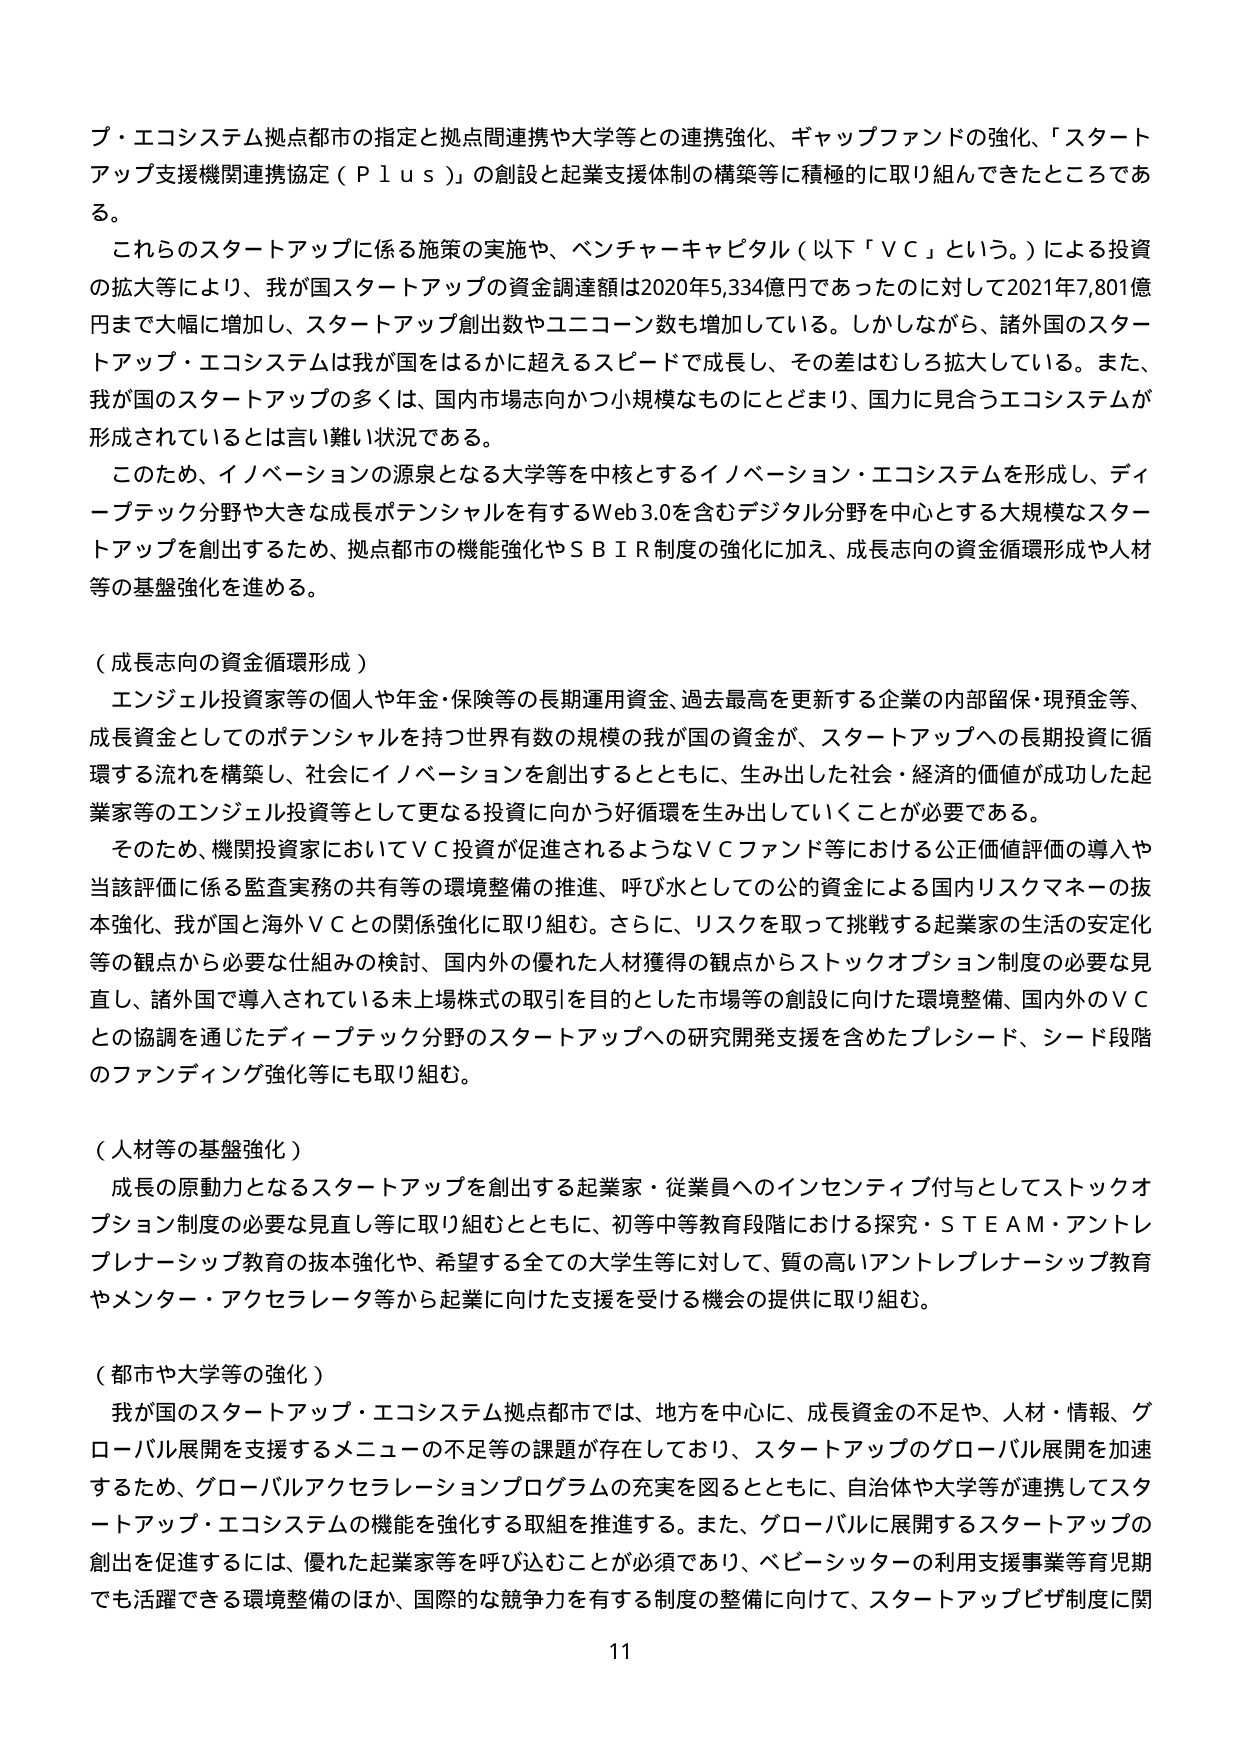
プ・エコシステム拠点都市の指定と拠点間連携や大学等との連携強化、ギャップファンドの強化、「スタートアップ支援機関連携協定（Ｐｌｕｓ）」の創設と起業支援体制の構築等に積極的に取り組んできたところである。

これらのスタートアップに係る施策の実施や、ベンチャーキャピタル（以下「ＶＣ」という。）による投資の拡大等により、我が国スタートアップの資金調達額は2020年5,334億円であったのに対して2021年7,801億円まで大幅に増加し、スタートアップ創出数やユニコーン数も増加している。しかしながら、諸外国のスタートアップ・エコシステムは我が国をはるかに超えるスピードで成長し、その差はむしろ拡大している。また、我が国のスタートアップの多くは、国内市場志向かつ小規模なものにとどまり、国力に見合うエコシステムが形成されているとは言い難い状況である。

このため、イノベーションの源泉となる大学等を中核とするイノベーション・エコシステムを形成し、ディープテック分野や大きな成長ポテンシャルを有するWeb 3.0を含むデジタル分野を中心とする大規模なスタートアップを創出するため、拠点都市の機能強化やＳＢＩＲ制度の強化に加え、成長志向の資金循環形成や人材等の基盤強化を進める。

（成長志向の資金循環形成）

エンジェル投資家等の個人や年金・保険等の長期運用資金、過去最高を更新する企業の内部留保・現預金等、成長資金としてのポテンシャルを持つ世界有数の規模の我が国の資金が、スタートアップへの長期投資に循環する流れを構築し、社会にイノベーションを創出するとともに、生み出した社会・経済的価値が成功した起業家等のエンジェル投資等として更なる投資に向かう好循環を生み出していくことが必要である。

そのため、機関投資家においてＶＣ投資が促進されるようなＶＣファンド等における公正価値評価の導入や当該評価に係る監査実務の共有等の環境整備の推進、呼び水としての公的資金による国内リスクマネーの抜本強化、我が国と海外ＶＣとの関係強化に取り組む。さらに、リスクを取って挑戦する起業家の生活の安定化等の観点から必要な仕組みの検討、国内外の優れた人材獲得の観点からストックオプション制度の必要な見直し、諸外国で導入されている未上場株式の取引を目的とした市場等の創設に向けた環境整備、国内外のＶＣとの協調を通じたディープテック分野のスタートアップへの研究開発支援を含めたブレシード、シード段階のファンディング強化等にも取り組む。

（人材等の基盤強化）

成長の原動力となるスタートアップを創出する起業家・従業員へのインセンティブ付与としてストックオプション制度の必要な見直し等に取り組むとともに、初等中等教育段階における探究・ＳＴＥＡＭ・アントレプレナーシップ教育の抜本強化や、希望する全ての大学生等に対して、質の高いアントレプレナーシップ教育やメンター・アクセラレータ等から起業に向けた支援を受ける機会の提供に取り組む。

（都市や大学等の強化）

我が国のスタートアップ・エコシステム拠点都市では、地方を中心に、成長資金の不足や、人材・情報、グローバル展開を支援するメニューの不足等の課題が存在しており、スタートアップのグローバル展開を加速するため、グローバルアクセラレーションプログラムの充実を図るとともに、自治体や大学等が連携してスタートアップ・エコシステムの機能を強化する取組を推進する。また、グローバルに展開するスタートアップの創出を促進するには、優れた起業家等を呼び込むことが必須であり、ベビーシッターの利用支援事業等育児期でも活躍できる環境整備のほか、国際的な競争力を有する制度の整備に向けて、スタートアップビザ制度に関

11